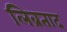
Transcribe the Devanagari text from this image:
लिब्रताद